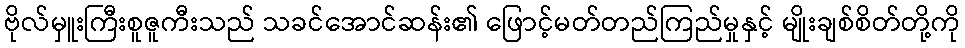
ဗိုလ်မှူးကြီးစူဇူကီးသည် သခင်အောင်ဆန်း၏ ဖြောင့်မတ်တည်ကြည်မှုနှင့် မျိုးချစ်စိတ်တို့ကို